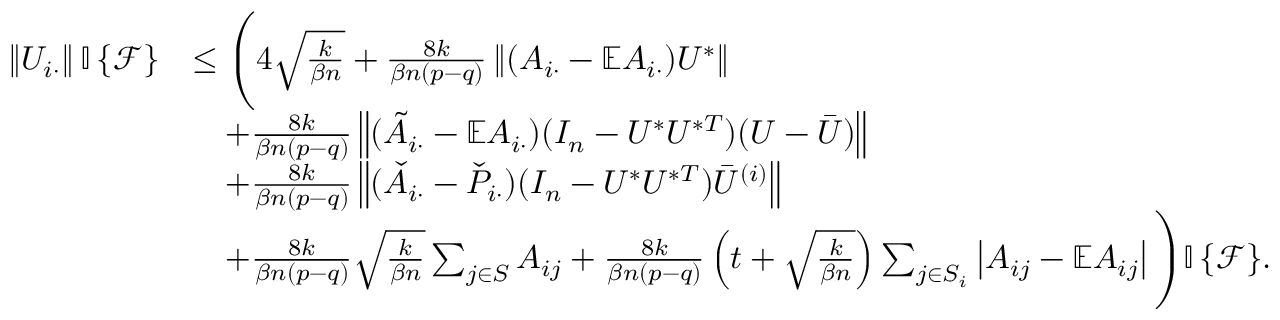
\begin{array} { r l } { \left\| { U _ { i \cdot } } \right\| { \mathbb { I } \left\{ { \mathcal { F } } \right\} } } & { \leq \Bigg ( 4 \sqrt { \frac { k } { \beta n } } + \frac { 8 k } { \beta n ( p - q ) } \left\| { ( A _ { i \cdot } - \mathbb { E } A _ { i \cdot } ) U ^ { * } } \right\| } \\ & { \quad + \frac { 8 k } { \beta n ( p - q ) } \left\| { ( \tilde { A } _ { i \cdot } - \mathbb { E } A _ { i \cdot } ) ( I _ { n } - U ^ { * } U ^ { * T } ) ( U - \bar { U } ) } \right\| } \\ & { \quad + \frac { 8 k } { \beta n ( p - q ) } \left\| { ( \check { A } _ { i \cdot } - \check { P } _ { i \cdot } ) ( I _ { n } - U ^ { * } U ^ { * T } ) \bar { U } ^ { ( i ) } } \right\| } \\ & { \quad + \frac { 8 k } { \beta n ( p - q ) } \sqrt { \frac { k } { \beta n } } \sum _ { j \in S } A _ { i j } + \frac { 8 k } { \beta n ( p - q ) } \left( t + \sqrt { \frac { k } { \beta n } } \right) \sum _ { j \in S _ { i } } \left| A _ { i j } - \mathbb { E } A _ { i j } \right| \Bigg ) { \mathbb { I } \left\{ { \mathcal { F } } \right\} } . } \end{array}